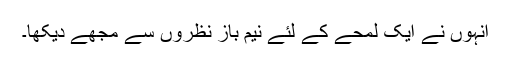
انہوں نے ایک لمحے کے لئے نیم باز نظروں سے مجھے دیکھا۔